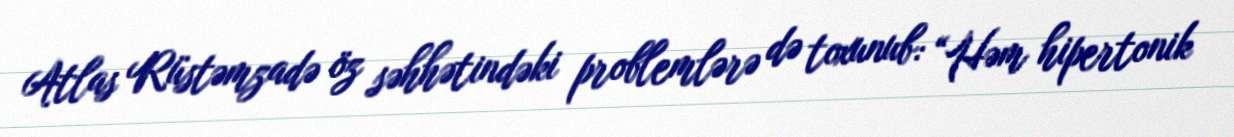
Atlas Rüstəmzadə öz səhhətindəki problemlərə də toxunub: “Həm hipertonik